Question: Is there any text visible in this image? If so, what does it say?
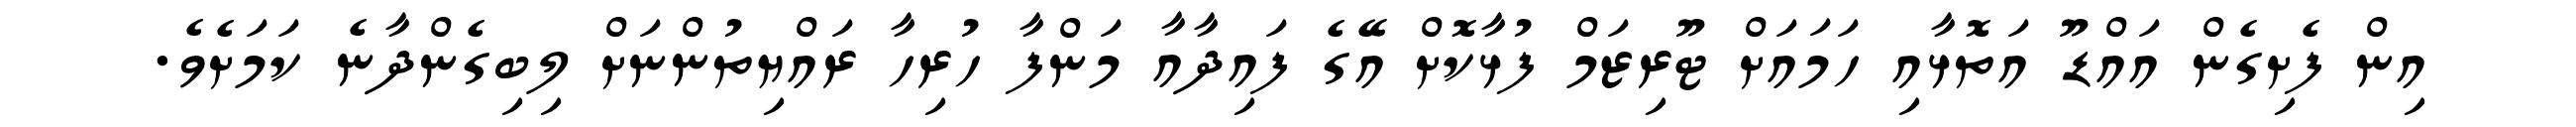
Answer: އިން ފެށިގެން އައްޑޫ އަތޮޅާއި ހަމައަށް ޓޫރިޒަމް ފުޅާކޮށް އޭގެ ފައިދާއާ މަންފާ ހުރިހާ ރައްޔިތުންނަށް ލިބިގެންދާނެ ކަމަށެވެ.